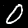
Digit: 0